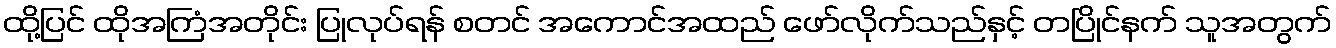
ထို့ပြင် ထိုအကြံအတိုင်း ပြုလုပ်ရန် စတင် အကောင်အထည် ဖော်လိုက်သည်နှင့် တပြိုင်နက် သူအတွက်